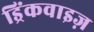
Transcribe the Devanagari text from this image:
ड्रिंकवाइज़